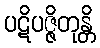
ပဋိပဇ္ဇိတုန္တိ